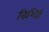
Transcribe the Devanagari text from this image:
विशिष्टं